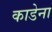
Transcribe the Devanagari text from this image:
काडेना